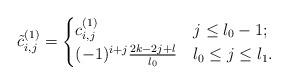
LaTeX: \begin{align*}\tilde{c}^{(1)}_{i,j} = \begin{cases}c^{(1)}_{i,j} & j \leq l_0-1; \\(-1)^{i+j} \frac{2k-2j+l}{l_0} & l_0 \leq j \leq l_1.\end{cases}\end{align*}